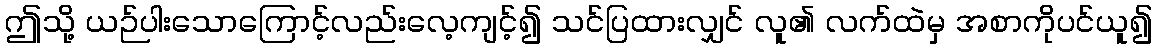
ဤသို့ ယဉ်ပါးသောကြောင့်လည်းလေ့ကျင့်၍ သင်ပြထားလျှင် လူ၏ လက်ထဲမှ အစာကိုပင်ယူ၍